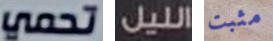
تحمي الليل مثبت